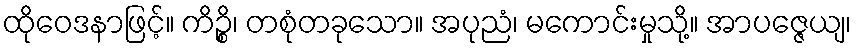
ထိုဝေဒနာဖြင့်။ ကိဉ္စိ၊ တစုံတခုသော။ အပုညံ၊ မကောင်းမှုသို့။ အာပဇ္ဇေယျ၊